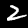
Digit: 2